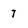
Character: 7